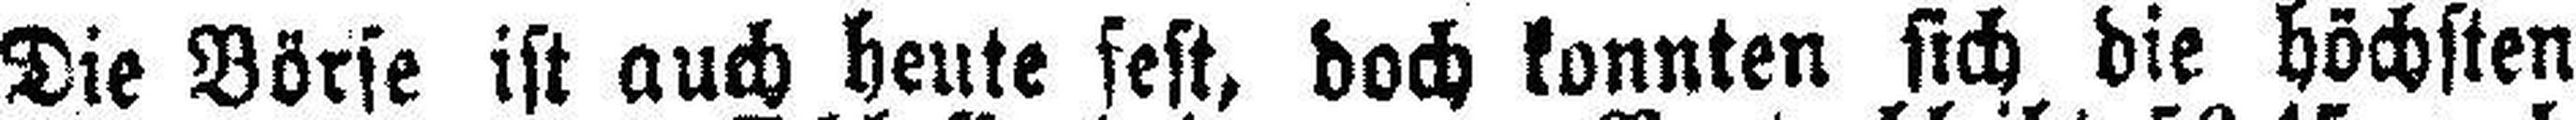
Die Börse ist auch heute fest, doch konnten sich die höchsten